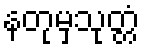
နတုမှသုတ္တံ